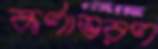
কর্ণাভরণ